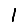
Digit: 1